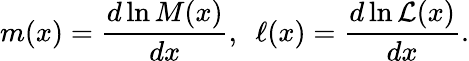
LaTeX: m(x)=\frac{d\ln{M(x)}}{dx},\, \, \, \ell(x)=\frac{d\ln{{\cal L}(x)}}{dx}.